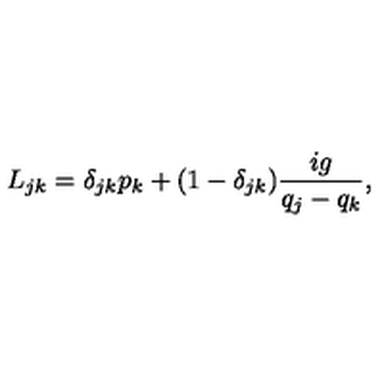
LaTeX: L _ { j k } = \delta _ { j k } p _ { k } + ( 1 - \delta _ { j k } ) \frac { i g } { q _ { j } - q _ { k } } ,